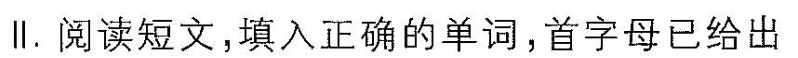
Ⅱ.阅读短文,填入正确的单词,首字母已给出